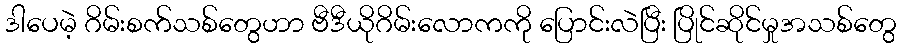
ဒါပေမဲ့ ဂိမ်းစက်သစ်တွေဟာ ဗီဒီယိုဂိမ်းလောကကို ပြောင်းလဲပြီး ပြိုင်ဆိုင်မှုအသစ်တွေ